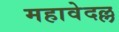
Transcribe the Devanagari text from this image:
महावेदल्ल